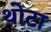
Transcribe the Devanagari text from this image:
थोटा